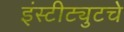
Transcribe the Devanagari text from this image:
इंस्टीट्युटचे